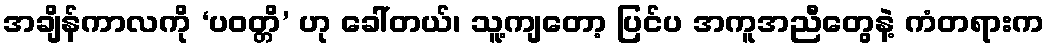
အချိန်ကာလကို ‘ပဝတ္တိ’ ဟု ခေါ်တယ်၊ သူ့ကျတော့ ပြင်ပ အကူအညီတွေနဲ့ ကံတရားက